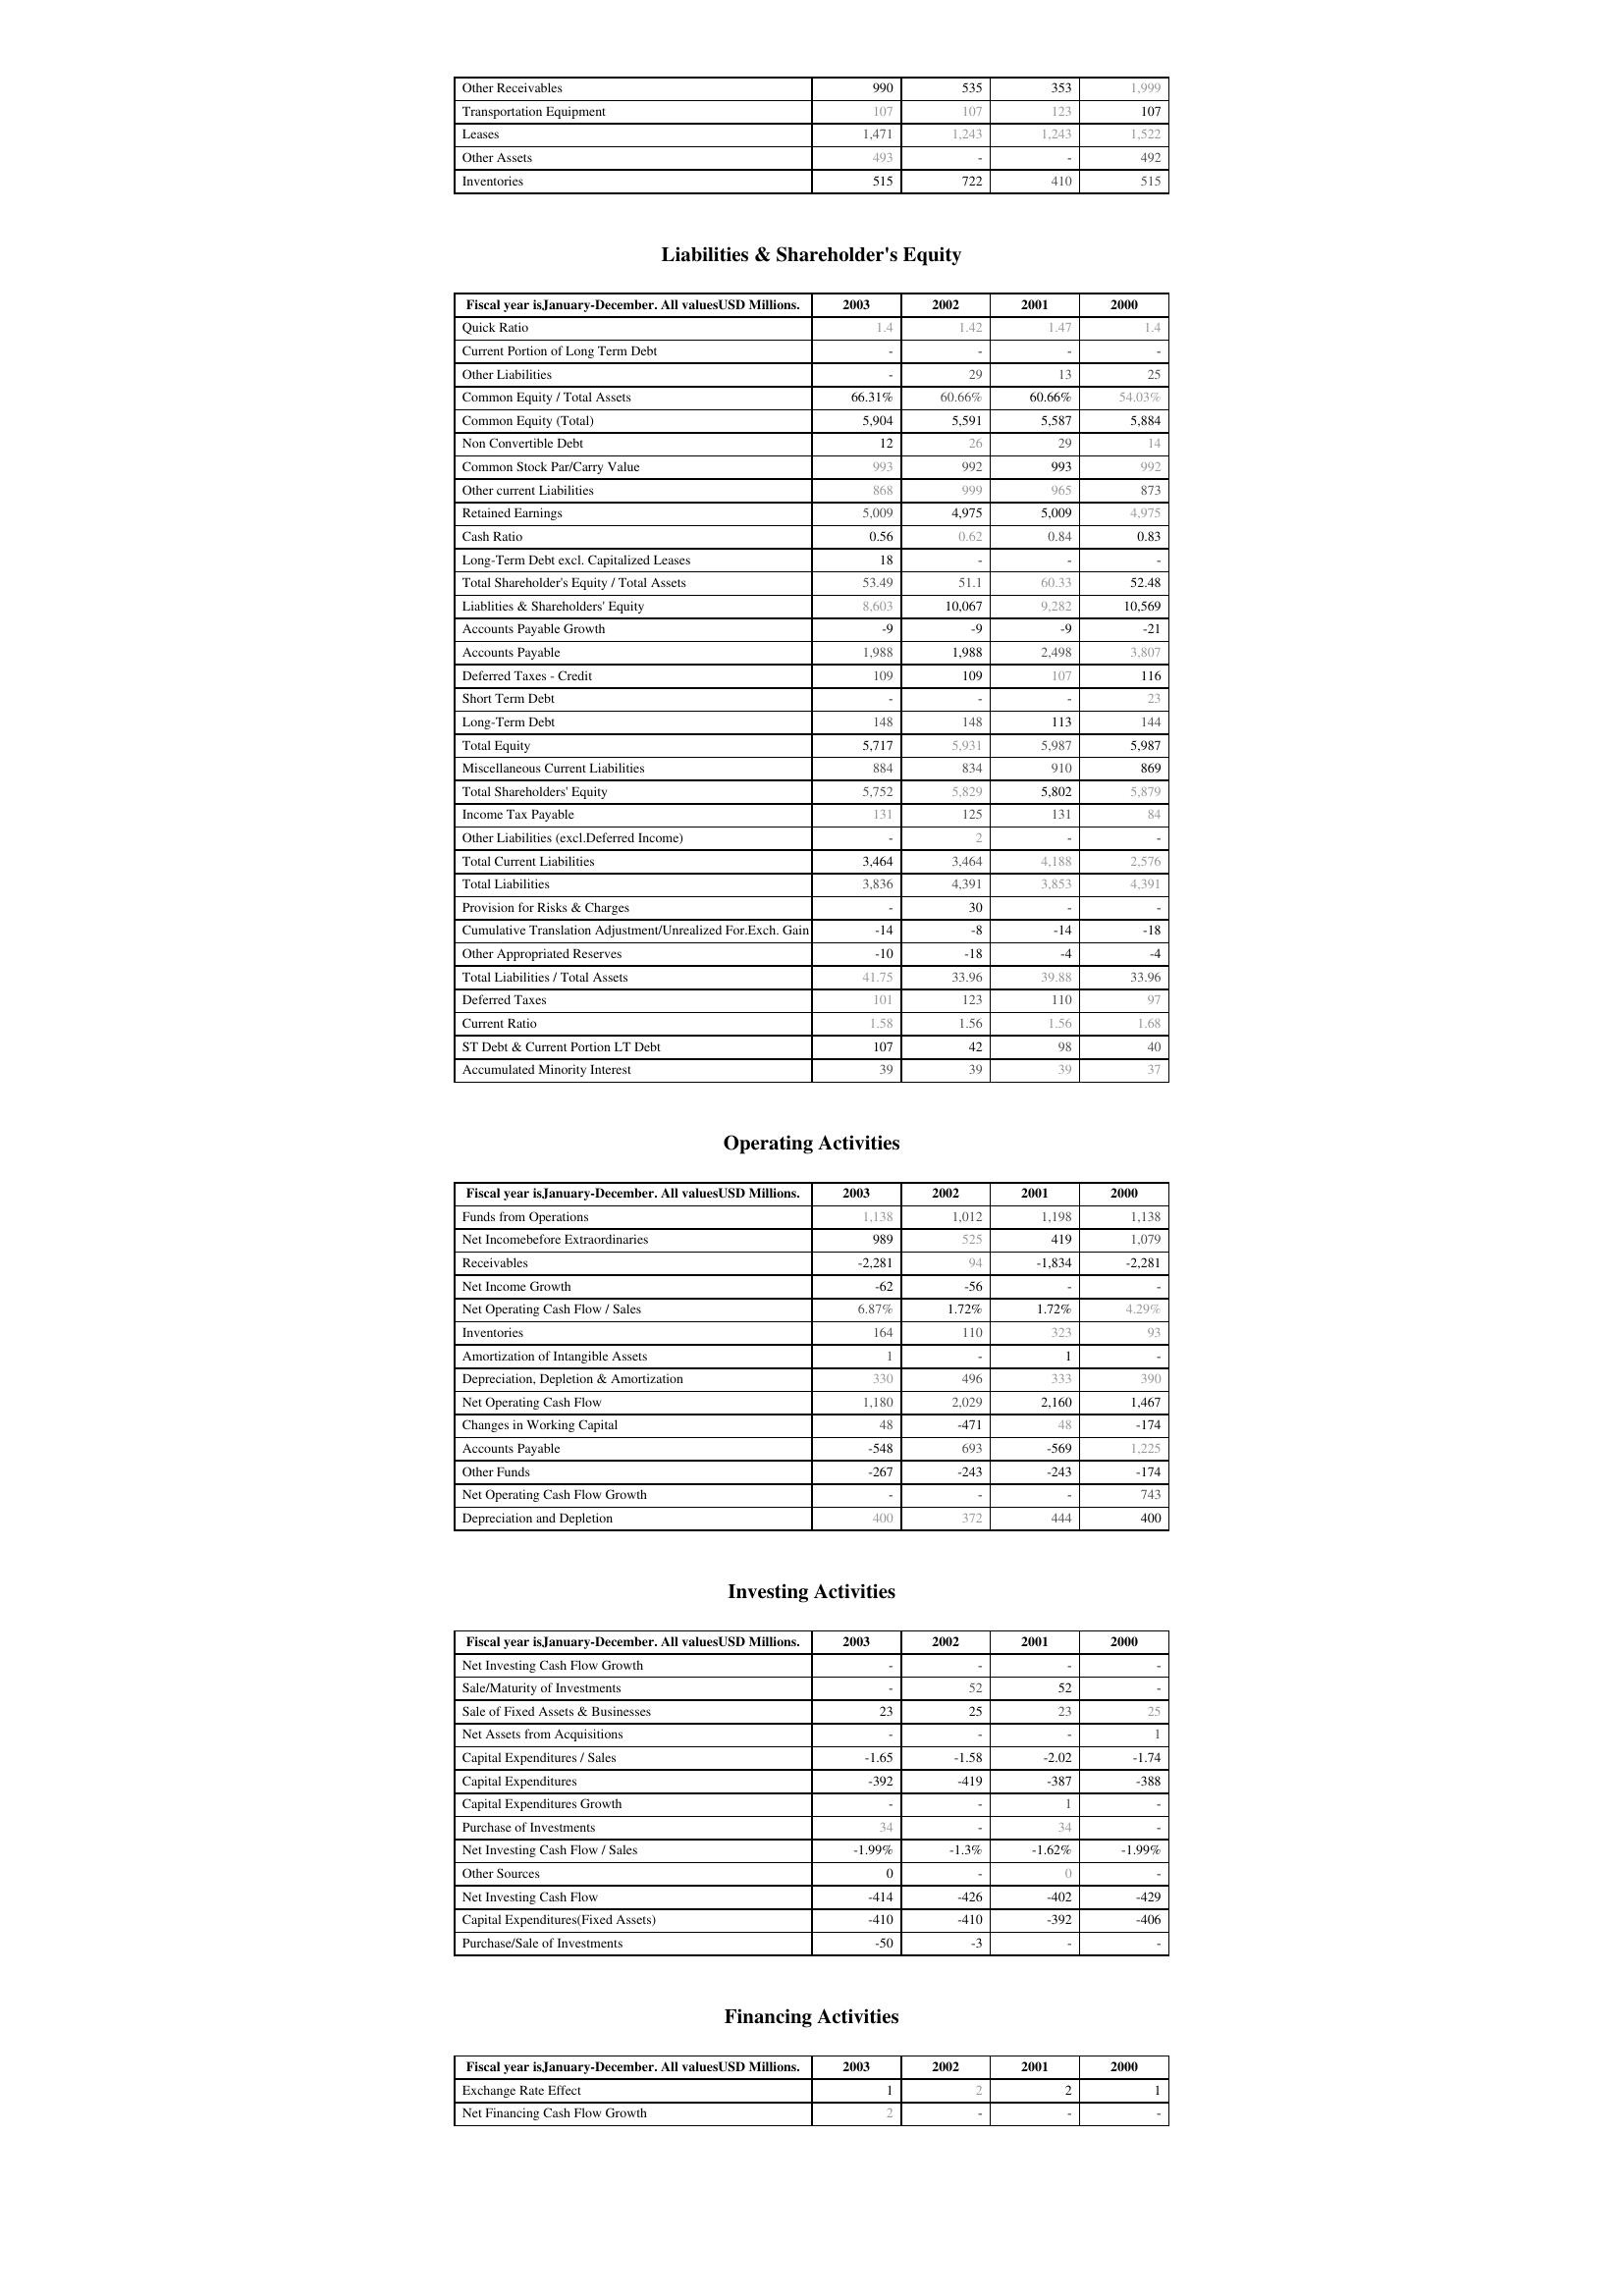
2003: Assets: Other Receivables: 990
Transportation Equipment: 107
Leases: 1,471
Other Assets: 493
Inventories: 515
Liabilities & Shareholder's Equity: Quick Ratio: 1.4
Current Portion of Long Term Debt: -
Other Liabilities: -
Common Equity / Total Assets: 66.31%
Common Equity (Total): 5,904
Non Convertible Debt: 12
Common Stock Par/Carry Value: 993
Other current Liabilities: 868
Retained Earnings: 5,009
Cash Ratio: 0.56
Long-Term Debt excl. Capitalized Leases: 18
Total Shareholder's Equity / Total Assets: 53.49
Liablities & Shareholders' Equity: 8,603
Accounts Payable Growth: -9
Accounts Payable: 1,988
Deferred Taxes - Credit: 109
Short Term Debt: -
Long-Term Debt: 148
Total Equity: 5,717
Miscellaneous Current Liabilities: 884
Total Shareholders' Equity: 5,752
Income Tax Payable: 131
Other Liabilities (excl.Deferred Income): -
Total Current Liabilities: 3,464
Total Liabilities: 3,836
Provision for Risks & Charges: -
Cumulative Translation Adjustment/Unrealized For.Exch. Gain: -14
Other Appropriated Reserves: -10
Total Liabilities / Total Assets: 41.75
Deferred Taxes: 101
Current Ratio: 1.58
ST Debt & Current Portion LT Debt: 107
Accumulated Minority Interest: 39
Operating Activities: Funds from Operations: 1,138
Net Incomebefore Extraordinaries: 989
Receivables: -2,281
Net Income Growth: -62
Net Operating Cash Flow / Sales: 6.87%
Inventories: 164
Amortization of Intangible Assets: 1
Depreciation, Depletion & Amortization: 330
Net Operating Cash Flow: 1,180
Changes in Working Capital: 48
Accounts Payable: -548
Other Funds: -267
Net Operating Cash Flow Growth: -
Depreciation and Depletion: 400
Investing Activities: Net Investing Cash Flow Growth: -
Sale/Maturity of Investments: -
Sale of Fixed Assets & Businesses: 23
Net Assets from Acquisitions: -
Capital Expenditures / Sales: -1.65
Capital Expenditures: -392
Capital Expenditures Growth: -
Purchase of Investments: 34
Net Investing Cash Flow / Sales: -1.99%
Other Sources: 0
Net Investing Cash Flow: -414
Capital Expenditures(Fixed Assets): -410
Purchase/Sale of Investments: -50
Financing Activities: Exchange Rate Effect: 1
Net Financing Cash Flow Growth: 2
2002: Assets: Other Receivables: 535
Transportation Equipment: 107
Leases: 1,243
Other Assets: -
Inventories: 722
Liabilities & Shareholder's Equity: Quick Ratio: 1.42
Current Portion of Long Term Debt: -
Other Liabilities: 29
Common Equity / Total Assets: 60.66%
Common Equity (Total): 5,591
Non Convertible Debt: 26
Common Stock Par/Carry Value: 992
Other current Liabilities: 999
Retained Earnings: 4,975
Cash Ratio: 0.62
Long-Term Debt excl. Capitalized Leases: -
Total Shareholder's Equity / Total Assets: 51.1
Liablities & Shareholders' Equity: 10,067
Accounts Payable Growth: -9
Accounts Payable: 1,988
Deferred Taxes - Credit: 109
Short Term Debt: -
Long-Term Debt: 148
Total Equity: 5,931
Miscellaneous Current Liabilities: 834
Total Shareholders' Equity: 5,829
Income Tax Payable: 125
Other Liabilities (excl.Deferred Income): 2
Total Current Liabilities: 3,464
Total Liabilities: 4,391
Provision for Risks & Charges: 30
Cumulative Translation Adjustment/Unrealized For.Exch. Gain: -8
Other Appropriated Reserves: -18
Total Liabilities / Total Assets: 33.96
Deferred Taxes: 123
Current Ratio: 1.56
ST Debt & Current Portion LT Debt: 42
Accumulated Minority Interest: 39
Operating Activities: Funds from Operations: 1,012
Net Incomebefore Extraordinaries: 525
Receivables: 94
Net Income Growth: -56
Net Operating Cash Flow / Sales: 1.72%
Inventories: 110
Amortization of Intangible Assets: -
Depreciation, Depletion & Amortization: 496
Net Operating Cash Flow: 2,029
Changes in Working Capital: -471
Accounts Payable: 693
Other Funds: -243
Net Operating Cash Flow Growth: -
Depreciation and Depletion: 372
Investing Activities: Net Investing Cash Flow Growth: -
Sale/Maturity of Investments: 52
Sale of Fixed Assets & Businesses: 25
Net Assets from Acquisitions: -
Capital Expenditures / Sales: -1.58
Capital Expenditures: -419
Capital Expenditures Growth: -
Purchase of Investments: -
Net Investing Cash Flow / Sales: -1.3%
Other Sources: -
Net Investing Cash Flow: -426
Capital Expenditures(Fixed Assets): -410
Purchase/Sale of Investments: -3
Financing Activities: Exchange Rate Effect: 2
Net Financing Cash Flow Growth: -
2001: Assets: Other Receivables: 353
Transportation Equipment: 123
Leases: 1,243
Other Assets: -
Inventories: 410
Liabilities & Shareholder's Equity: Quick Ratio: 1.47
Current Portion of Long Term Debt: -
Other Liabilities: 13
Common Equity / Total Assets: 60.66%
Common Equity (Total): 5,587
Non Convertible Debt: 29
Common Stock Par/Carry Value: 993
Other current Liabilities: 965
Retained Earnings: 5,009
Cash Ratio: 0.84
Long-Term Debt excl. Capitalized Leases: -
Total Shareholder's Equity / Total Assets: 60.33
Liablities & Shareholders' Equity: 9,282
Accounts Payable Growth: -9
Accounts Payable: 2,498
Deferred Taxes - Credit: 107
Short Term Debt: -
Long-Term Debt: 113
Total Equity: 5,987
Miscellaneous Current Liabilities: 910
Total Shareholders' Equity: 5,802
Income Tax Payable: 131
Other Liabilities (excl.Deferred Income): -
Total Current Liabilities: 4,188
Total Liabilities: 3,853
Provision for Risks & Charges: -
Cumulative Translation Adjustment/Unrealized For.Exch. Gain: -14
Other Appropriated Reserves: -4
Total Liabilities / Total Assets: 39.88
Deferred Taxes: 110
Current Ratio: 1.56
ST Debt & Current Portion LT Debt: 98
Accumulated Minority Interest: 39
Operating Activities: Funds from Operations: 1,198
Net Incomebefore Extraordinaries: 419
Receivables: -1,834
Net Income Growth: -
Net Operating Cash Flow / Sales: 1.72%
Inventories: 323
Amortization of Intangible Assets: 1
Depreciation, Depletion & Amortization: 333
Net Operating Cash Flow: 2,160
Changes in Working Capital: 48
Accounts Payable: -569
Other Funds: -243
Net Operating Cash Flow Growth: -
Depreciation and Depletion: 444
Investing Activities: Net Investing Cash Flow Growth: -
Sale/Maturity of Investments: 52
Sale of Fixed Assets & Businesses: 23
Net Assets from Acquisitions: -
Capital Expenditures / Sales: -2.02
Capital Expenditures: -387
Capital Expenditures Growth: 1
Purchase of Investments: 34
Net Investing Cash Flow / Sales: -1.62%
Other Sources: 0
Net Investing Cash Flow: -402
Capital Expenditures(Fixed Assets): -392
Purchase/Sale of Investments: -
Financing Activities: Exchange Rate Effect: 2
Net Financing Cash Flow Growth: -
2000: Assets: Other Receivables: 1,999
Transportation Equipment: 107
Leases: 1,522
Other Assets: 492
Inventories: 515
Liabilities & Shareholder's Equity: Quick Ratio: 1.4
Current Portion of Long Term Debt: -
Other Liabilities: 25
Common Equity / Total Assets: 54.03%
Common Equity (Total): 5,884
Non Convertible Debt: 14
Common Stock Par/Carry Value: 992
Other current Liabilities: 873
Retained Earnings: 4,975
Cash Ratio: 0.83
Long-Term Debt excl. Capitalized Leases: -
Total Shareholder's Equity / Total Assets: 52.48
Liablities & Shareholders' Equity: 10,569
Accounts Payable Growth: -21
Accounts Payable: 3,807
Deferred Taxes - Credit: 116
Short Term Debt: 23
Long-Term Debt: 144
Total Equity: 5,987
Miscellaneous Current Liabilities: 869
Total Shareholders' Equity: 5,879
Income Tax Payable: 84
Other Liabilities (excl.Deferred Income): -
Total Current Liabilities: 2,576
Total Liabilities: 4,391
Provision for Risks & Charges: -
Cumulative Translation Adjustment/Unrealized For.Exch. Gain: -18
Other Appropriated Reserves: -4
Total Liabilities / Total Assets: 33.96
Deferred Taxes: 97
Current Ratio: 1.68
ST Debt & Current Portion LT Debt: 40
Accumulated Minority Interest: 37
Operating Activities: Funds from Operations: 1,138
Net Incomebefore Extraordinaries: 1,079
Receivables: -2,281
Net Income Growth: -
Net Operating Cash Flow / Sales: 4.29%
Inventories: 93
Amortization of Intangible Assets: -
Depreciation, Depletion & Amortization: 390
Net Operating Cash Flow: 1,467
Changes in Working Capital: -174
Accounts Payable: 1,225
Other Funds: -174
Net Operating Cash Flow Growth: 743
Depreciation and Depletion: 400
Investing Activities: Net Investing Cash Flow Growth: -
Sale/Maturity of Investments: -
Sale of Fixed Assets & Businesses: 25
Net Assets from Acquisitions: 1
Capital Expenditures / Sales: -1.74
Capital Expenditures: -388
Capital Expenditures Growth: -
Purchase of Investments: -
Net Investing Cash Flow / Sales: -1.99%
Other Sources: -
Net Investing Cash Flow: -429
Capital Expenditures(Fixed Assets): -406
Purchase/Sale of Investments: -
Financing Activities: Exchange Rate Effect: 1
Net Financing Cash Flow Growth: -